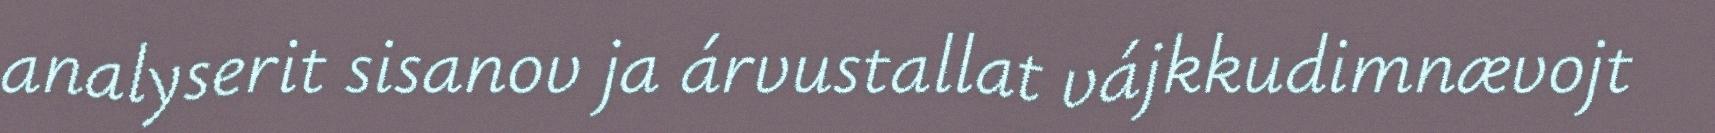
analyserit sisanov ja árvustallat vájkkudimnævojt